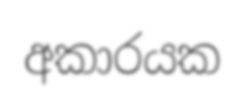
අකාරයක